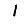
Digit: 1